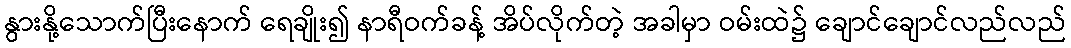
နွားနို့သောက်ပြီးနောက် ရေချိုး၍ နာရီဝက်ခန့် အိပ်လိုက်တဲ့ အခါမှာ ဝမ်းထဲ၌ ချောင်ချောင်လည်လည်